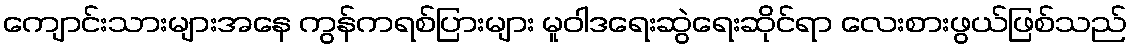
ကျောင်းသားများအနေ ကွန်ကရစ်ပြားများ မူဝါဒရေးဆွဲရေးဆိုင်ရာ လေးစားဖွယ်ဖြစ်သည်